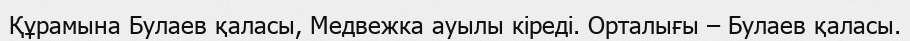
Құрамына Булаев қаласы, Медвежка ауылы кіреді. Орталығы – Булаев қаласы.